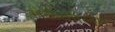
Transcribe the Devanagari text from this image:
मळैकालम